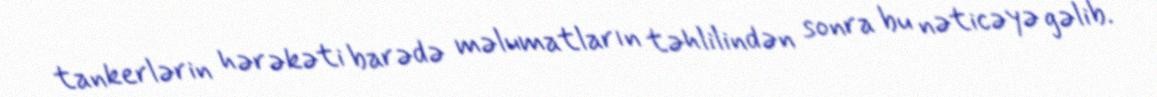
tankerlərin hərəkəti barədə məlumatların təhlilindən sonra bu nəticəyə gəlib.